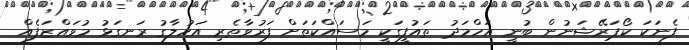
ފެނަކަ ކޯޕަރޭޝަނުން ބުނީ އަހްމަދު ތައުފީގަކީ މަސައްކަތަށް ފަރުވާތެރި އަހުލާގު ރަނގަޅު މުވައްޒަފެއް